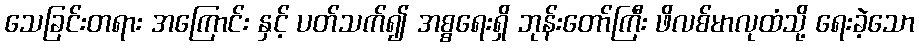
သေခြင်းတရား အကြောင်း နှင့် ပတ်သက်၍ အစ္စရေးရှိ ဘုန်းတော်ကြီး ဖိလစ်မာလုထံသို့ ရေးခဲ့သော